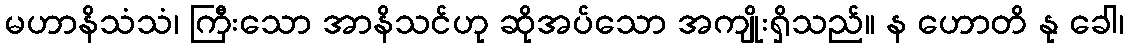
မဟာနိသံသံ၊ ကြီးသော အာနိသင်ဟု ဆိုအပ်သော အကျိုးရှိသည်။ န ဟောတိ နု ခေါ၊